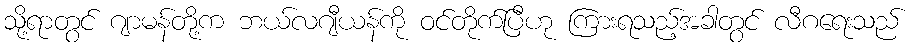
သို့ရာတွင် ဂျာမန်တို့က ဘယ်လဂျီယန်ကို ဝင်တိုက်ပြီဟု ကြားရသည့်အခါတွင် လီဂရေးသည်